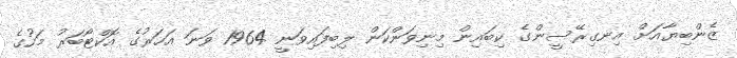
ޒެންބިޔާއަށް އިނގިރޭސީންގެ ކިބައިން މިނިވަންކަން ލިބިފައިވަނީ 1964 ވަނަ އަހަރުގެ އޮކްޓޯބަރު މަހުގެ